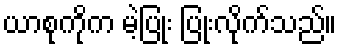
ယာစုကိုက မဲ့ပြုံး ပြုံးလိုက်သည်။